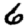
Digit: 6